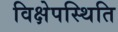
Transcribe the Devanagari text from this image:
विक्षेपस्थिति